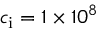
c _ { \mathrm { i } } = 1 \times 1 0 ^ { 8 }